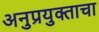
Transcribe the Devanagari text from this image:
अनुप्रयुक्ताचा